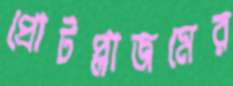
প্রোটপ্লাজমের